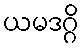
ယမဒဂ္ဂိ